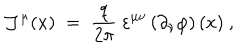
{ \mathcal J } ^ { \mu } ( x ) \; = \; \frac { q } { 2 \pi } ~ \varepsilon ^ { \mu \nu } \left( \partial _ { \nu } \varphi \right) ( x ) ~ ,